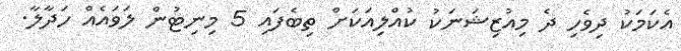
އެކަަމަކު ދިވެހި ދެ މިއުޒިޝަނަކު ކުއްލިއަކަށް ތިބެފައި 5 މިނިޓުން ލަވައެއް ހަދާލާ.